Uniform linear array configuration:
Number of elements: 16
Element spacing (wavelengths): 1
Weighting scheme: blackman
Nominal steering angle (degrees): -30
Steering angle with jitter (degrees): -30.251
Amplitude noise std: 0.05
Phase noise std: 0.05

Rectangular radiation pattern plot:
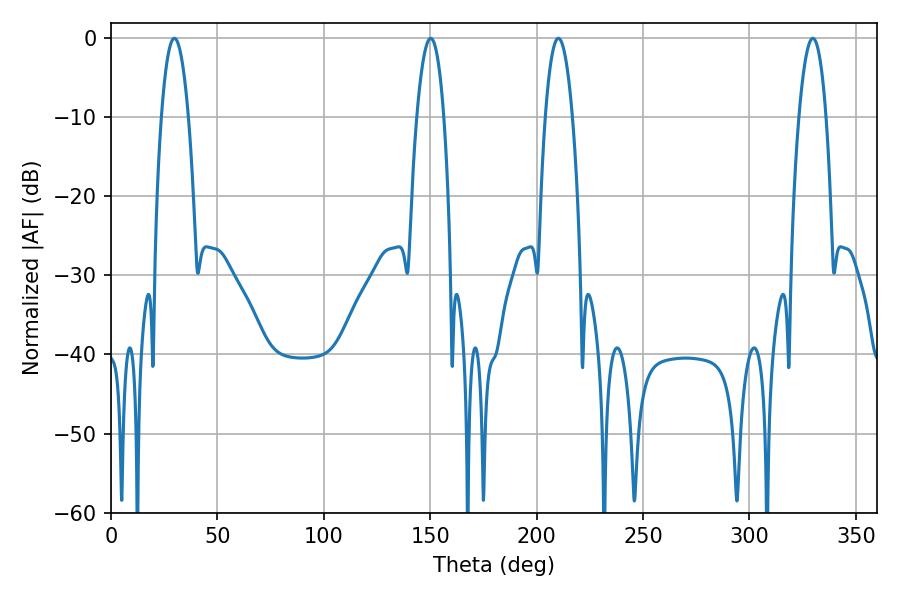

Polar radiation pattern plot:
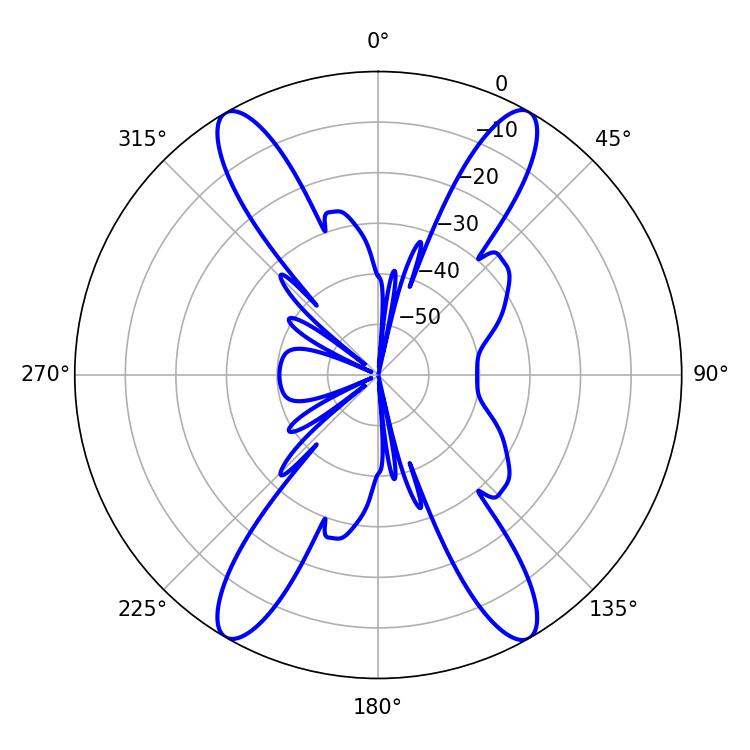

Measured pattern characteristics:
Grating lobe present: TRUE
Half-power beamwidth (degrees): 7.02
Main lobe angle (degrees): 210.24